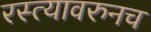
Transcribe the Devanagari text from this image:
रस्त्यावरुनच